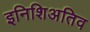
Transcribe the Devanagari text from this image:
इनिशिअतिव